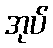
အုပ်